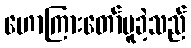
ဟောကြားတော်မူခဲ့သည်